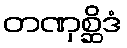
တဏှစ္ဆိဒံ